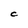
Character: C